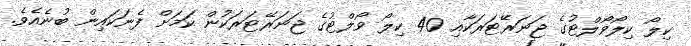
ކިލޯ ކިލޯވޯލްޓުގެ ޖަނަރޭޓަރަކާއި 40 ކިލޯ ވޯލްޓުގެ ޖަނަރޭޓަރަކުން ކަމަށް ފެނަކައިން ބުނެއެވެ.